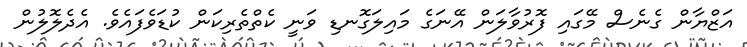
އަޒްޔާން ގެނެސް މޭގައި ފޮރުވާލަން އޭނަގެ މައިލަގޮނޑި ވަނީ ކެތްތެރިކަން ކުޑަވެފައެވެ. އެދެލޮލުން